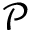
\mathcal { P }